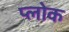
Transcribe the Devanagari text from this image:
प्लोक